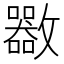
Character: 𣀬